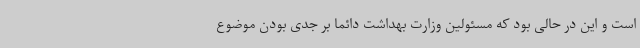
است و این در حالی بود که مسئولین وزارت بهداشت دائما بر جدی بودن موضوع